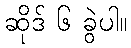
ဆိုဒ် ၆ ခွဲပါ။